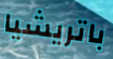
باتريشيا